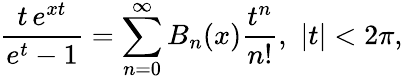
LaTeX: \frac{t\, e^{xt}}{e^{t}-1}=\sum_{n=0}^{\infty}B_{n}(x)\frac{t^{n}}{n!},\, \, |t|<2\pi,